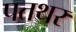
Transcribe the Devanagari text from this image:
पतथर